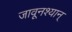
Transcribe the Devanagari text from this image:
जावूनश्यान्